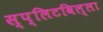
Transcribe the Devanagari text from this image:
स्प्लिटविल्ला